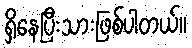
ရှိနေပြီးသားဖြစ်ပါတယ်။